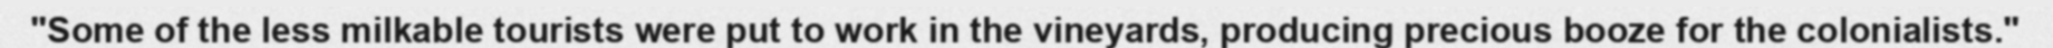
"Some of the less milkable tourists were put to work in the vineyards, producing precious booze for the colonialists."